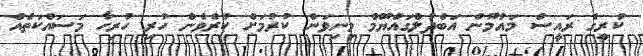
ކުރީގެ ރައީސް މައުމޫން އަބްދުލްގައްޔޫމް މިނިވަން ކުރުމަށް ކުރެވެން ހުރި ހުރިހާ މަސައްކަތެއް